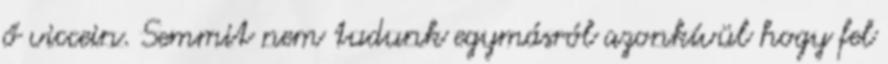
ő viccein. Semmit nem tudunk egymásról azonkívül hogy fel